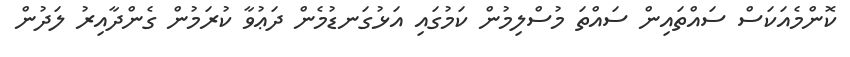
ކޮންމެއަކަސް ސައްތައިން ސައްތަ މުސްލިމުން ކަމުގައި އަޅުގަނޑުމެން ދަޢުވާ ކުރަމުން ގެންދާއިރު ލަދުން